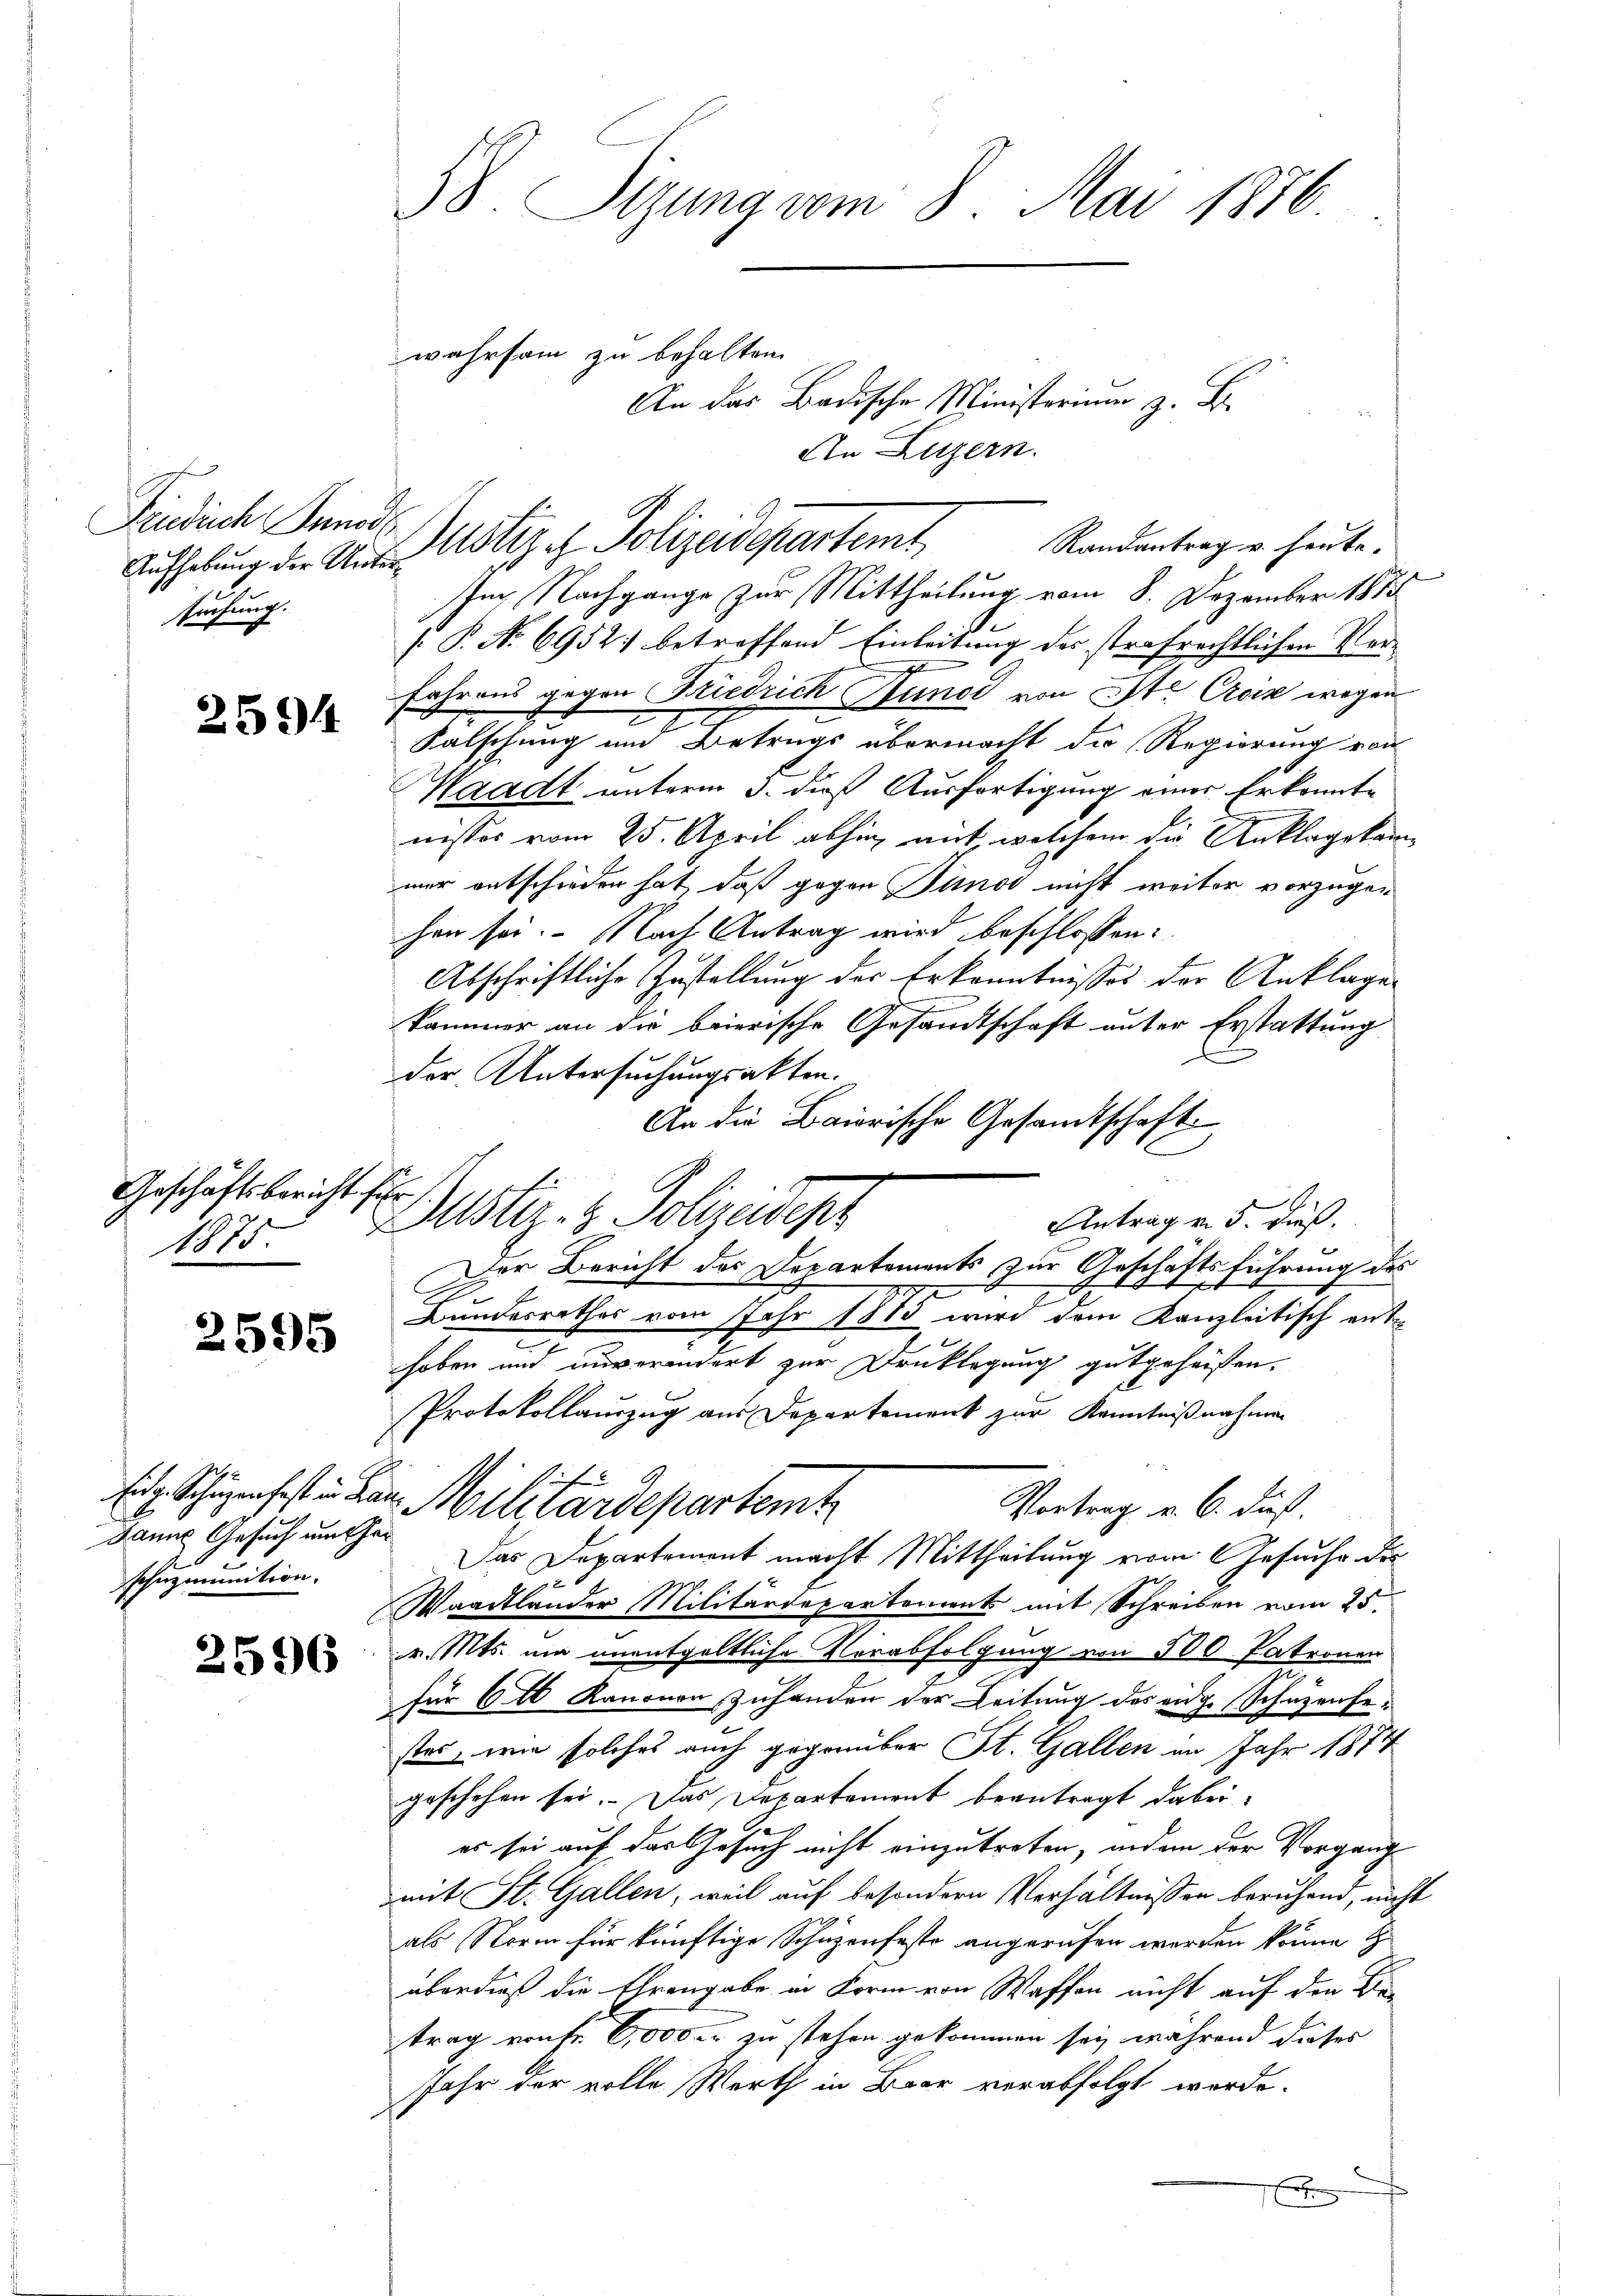
Findich und
suchung.

2594

Geschäftsbericht,
.
1875

2595

Danns Gesuch um har
Ichnzminition.

2596

38. Stung vom 8. Mai 1876

An das Badische Minister z. B.
Randantrag u. heute.
Im Nachgange zur Mittheilung vom 8. Dezember 1885
/. P. No 6952. betreffend Einleitung des strafrechtlichen Verfahrens gegen Friedrich Stunde von Ste Crein wegen
Falschung um Betrugs übermacht die Regierung von
Waadt unterm 3. dieß Ausfertigung einer Erkannte
nisses vom 25. April abhin auf welchem die Anklagekam
mer entschieden hat, daß gegen Sind nicht weiter vorzugen
hen sei. Nach Antrag wird beschlossen:
Abschriftliche Zustellung der Erkenntnisses der Anklage
.
kammer an die baierische Gesandtschaft unter Erstattung
der Untersuchungsakten.
An die Baierische Gesandtschaft
d
Justiz- & Polizeidept
Antrag v. 5. dieß.
Der Bericht des Departements zur Geschäftsführung des
Bundesrathes vom Jahr 1885 wird dem Kanzleitisch enthoben und unverändert zur Drucklegung gutgeheißen,
Protokollauszug aus Departement zur Kenntnißnahmen
6
Eig Schäzen fest in den Militärdepartemt
Vortrag v. 6. Fuß.
Das Departement macht Mittheilung vom Gesuche des
Waadtlander Militärdepartement mit Schreiben vom 25.
v. Mts. um unentgeltliche Verabfolgung von 500 Patronen
für 6 Kanonen Zuhanden der Leitung des eidg. Schuzenfester, wie solches auch gegenüber St. Gallen im Jahr 1874
geschehen sei. Das Departement beantragt dabei,
es sei auf das Gesuch nicht einzutreten, indem der Vorgang
mit St. Gallen, weil auf besondern Verhältnissen beruhend, nicht
als Norm für künftige Schüzenfeste angerufen werden könne
überdieß die Ehrengabe in Form von Waffen nicht auf den Betrag ronfr 6,000 fr zu stehen gekommen sey, während dieses
Jahr der volle Werth in Baar verabfolgt werde.
s

wahrsam zu behalten.

An Luzern.
Aufhebung der Aus Notiz z. Polizeidepartemt